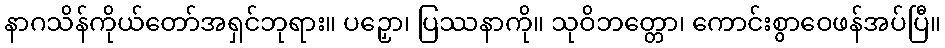
နာဂသိန်ကိုယ်တော်အရှင်ဘုရား။ ပဉှော၊ ပြဿနာကို။ သုဝိဘတ္တော၊ ကောင်းစွာဝေဖန်အပ်ပြီ။